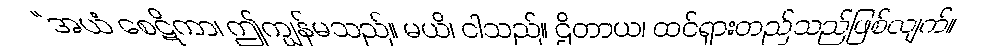
“အယံ စေဋိကာ၊ ဤကျွန်မသည်။ မယိ၊ ငါသည်။ ဌိတာယ၊ ထင်ရှားတည်သည်ဖြစ်လျက်။